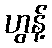
ဟွန့်